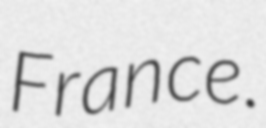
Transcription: France.